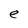
Character: e